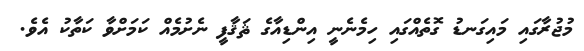
މުޖުރާގައި މައިގަނޑު ގޮތެއްގައި ހިމެނެނީ އިންޑިއާގެ ޘަޤާފީ ނެށުމެއް ކަމަށްވާ ކަތާކު އެވެ.